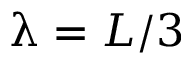
\uplambda = L / 3